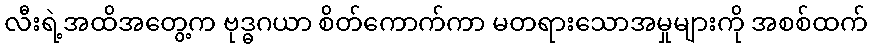
လီးရဲ့အထိအတွေ့က ဗုဒ္ဓဂယာ စိတ်ကောက်ကာ မတရားသောအမှုများကို အစစ်ထက်